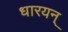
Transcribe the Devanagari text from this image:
धारयन्